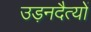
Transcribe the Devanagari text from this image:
उड़नदैत्यों